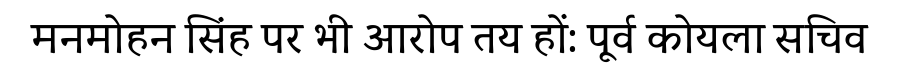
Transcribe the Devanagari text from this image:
मनमोहन सिंह पर भी आरोप तय हों: पूर्व कोयला सचिव